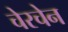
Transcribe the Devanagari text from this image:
चेरचेन